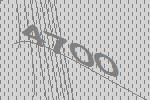
4700